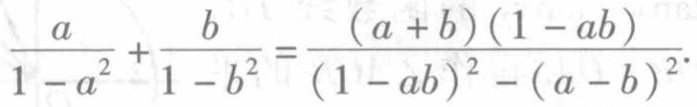
$\frac{a}{1 - a^{2}}+\frac{b}{1 - b^{2}}=\frac{(a + b)(1 - ab)}{(1 - ab)^{2}-(a - b)^{2}}.$